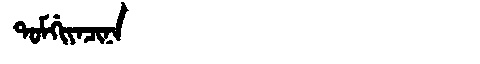
Manchu: ᡨᠣᠮᡤᡳᠶᠠᠴᡳᠨᠠ
Romanization: TOMGIYACINA